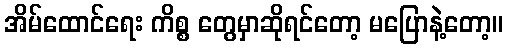
အိမ်ထောင်ရေး ကိစ္စ တွေမှာဆိုရင်တော့ မပြောနဲ့တော့။